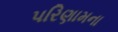
પરિણામના